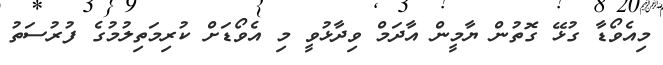
މިއެވޯޑާ ގުޅޭ ގޮތުން ޔާމީން އާދަމް ވިދާޅުވީ މި އެވޯޑަށް ކުރިމަތިލުމުގެ ފުރުސަތު